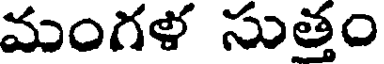
మంగళ సుత్తం